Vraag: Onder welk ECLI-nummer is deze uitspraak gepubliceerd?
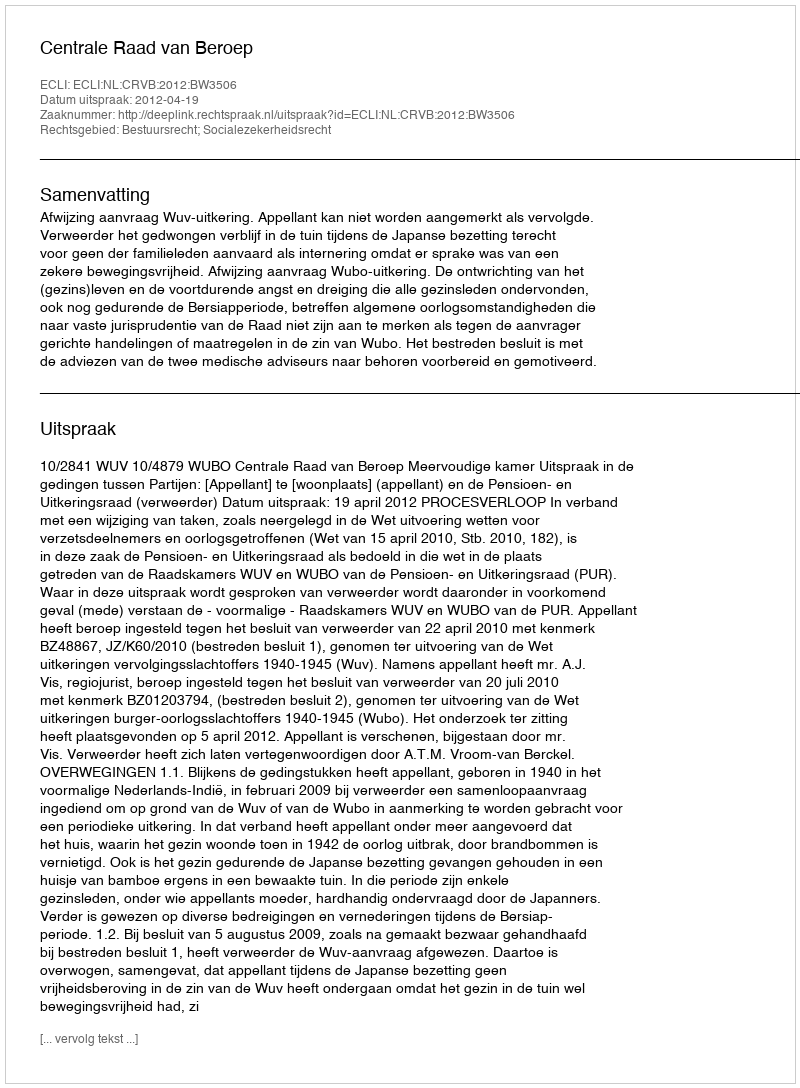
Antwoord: ECLI:NL:CRVB:2012:BW3506